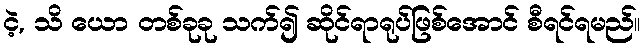
ငဲ့, သိ ယော တစ်ခုခု သက်၍ ဆိုင်ရာရုပ်ဖြစ်အောင် စီရင်ရမည်။